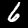
Label: 6